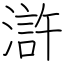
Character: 滸